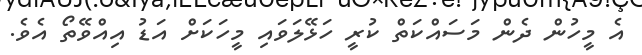
އެ މީހުން ދެން މަސައްކަތް ކުރީ ހަޅޭލަވައި މީހަކަށް އަޑު އިއްވޭތޯ އެވެ.